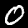
Label: 0